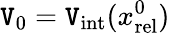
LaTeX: \mathtt{V}_{0}=\mathtt{V}_{\mathrm{{int}}}(x_{\mathrm{{rel}}}^{0})